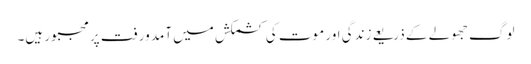
لوگ جھولے کے ذریعے زندگی اور موت کی کشمکش میں آمد ورفت پر مجبور ہیں۔